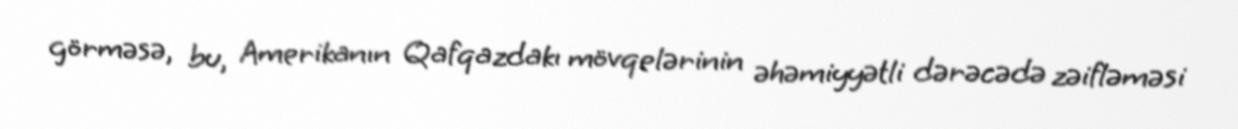
görməsə, bu, Amerikanın Qafqazdakı mövqelərinin əhəmiyyətli dərəcədə zəifləməsi